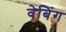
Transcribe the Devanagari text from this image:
वेबिंग